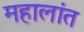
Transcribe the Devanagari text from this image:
महालांत